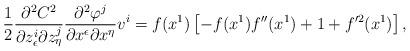
LaTeX: \begin{align*}\frac{1}{2}\frac{\partial^2 C^2}{\partial z^i_{\epsilon}\partial z^j_{\eta}}\frac{\partial^2\varphi^j} {\partial x^{\epsilon}\partial x^{\eta}}v^i= f(x^1)\left[ -f(x^1)f''(x^1)+1+f'^2(x^1)\right],\end{align*}